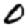
Digit: 0